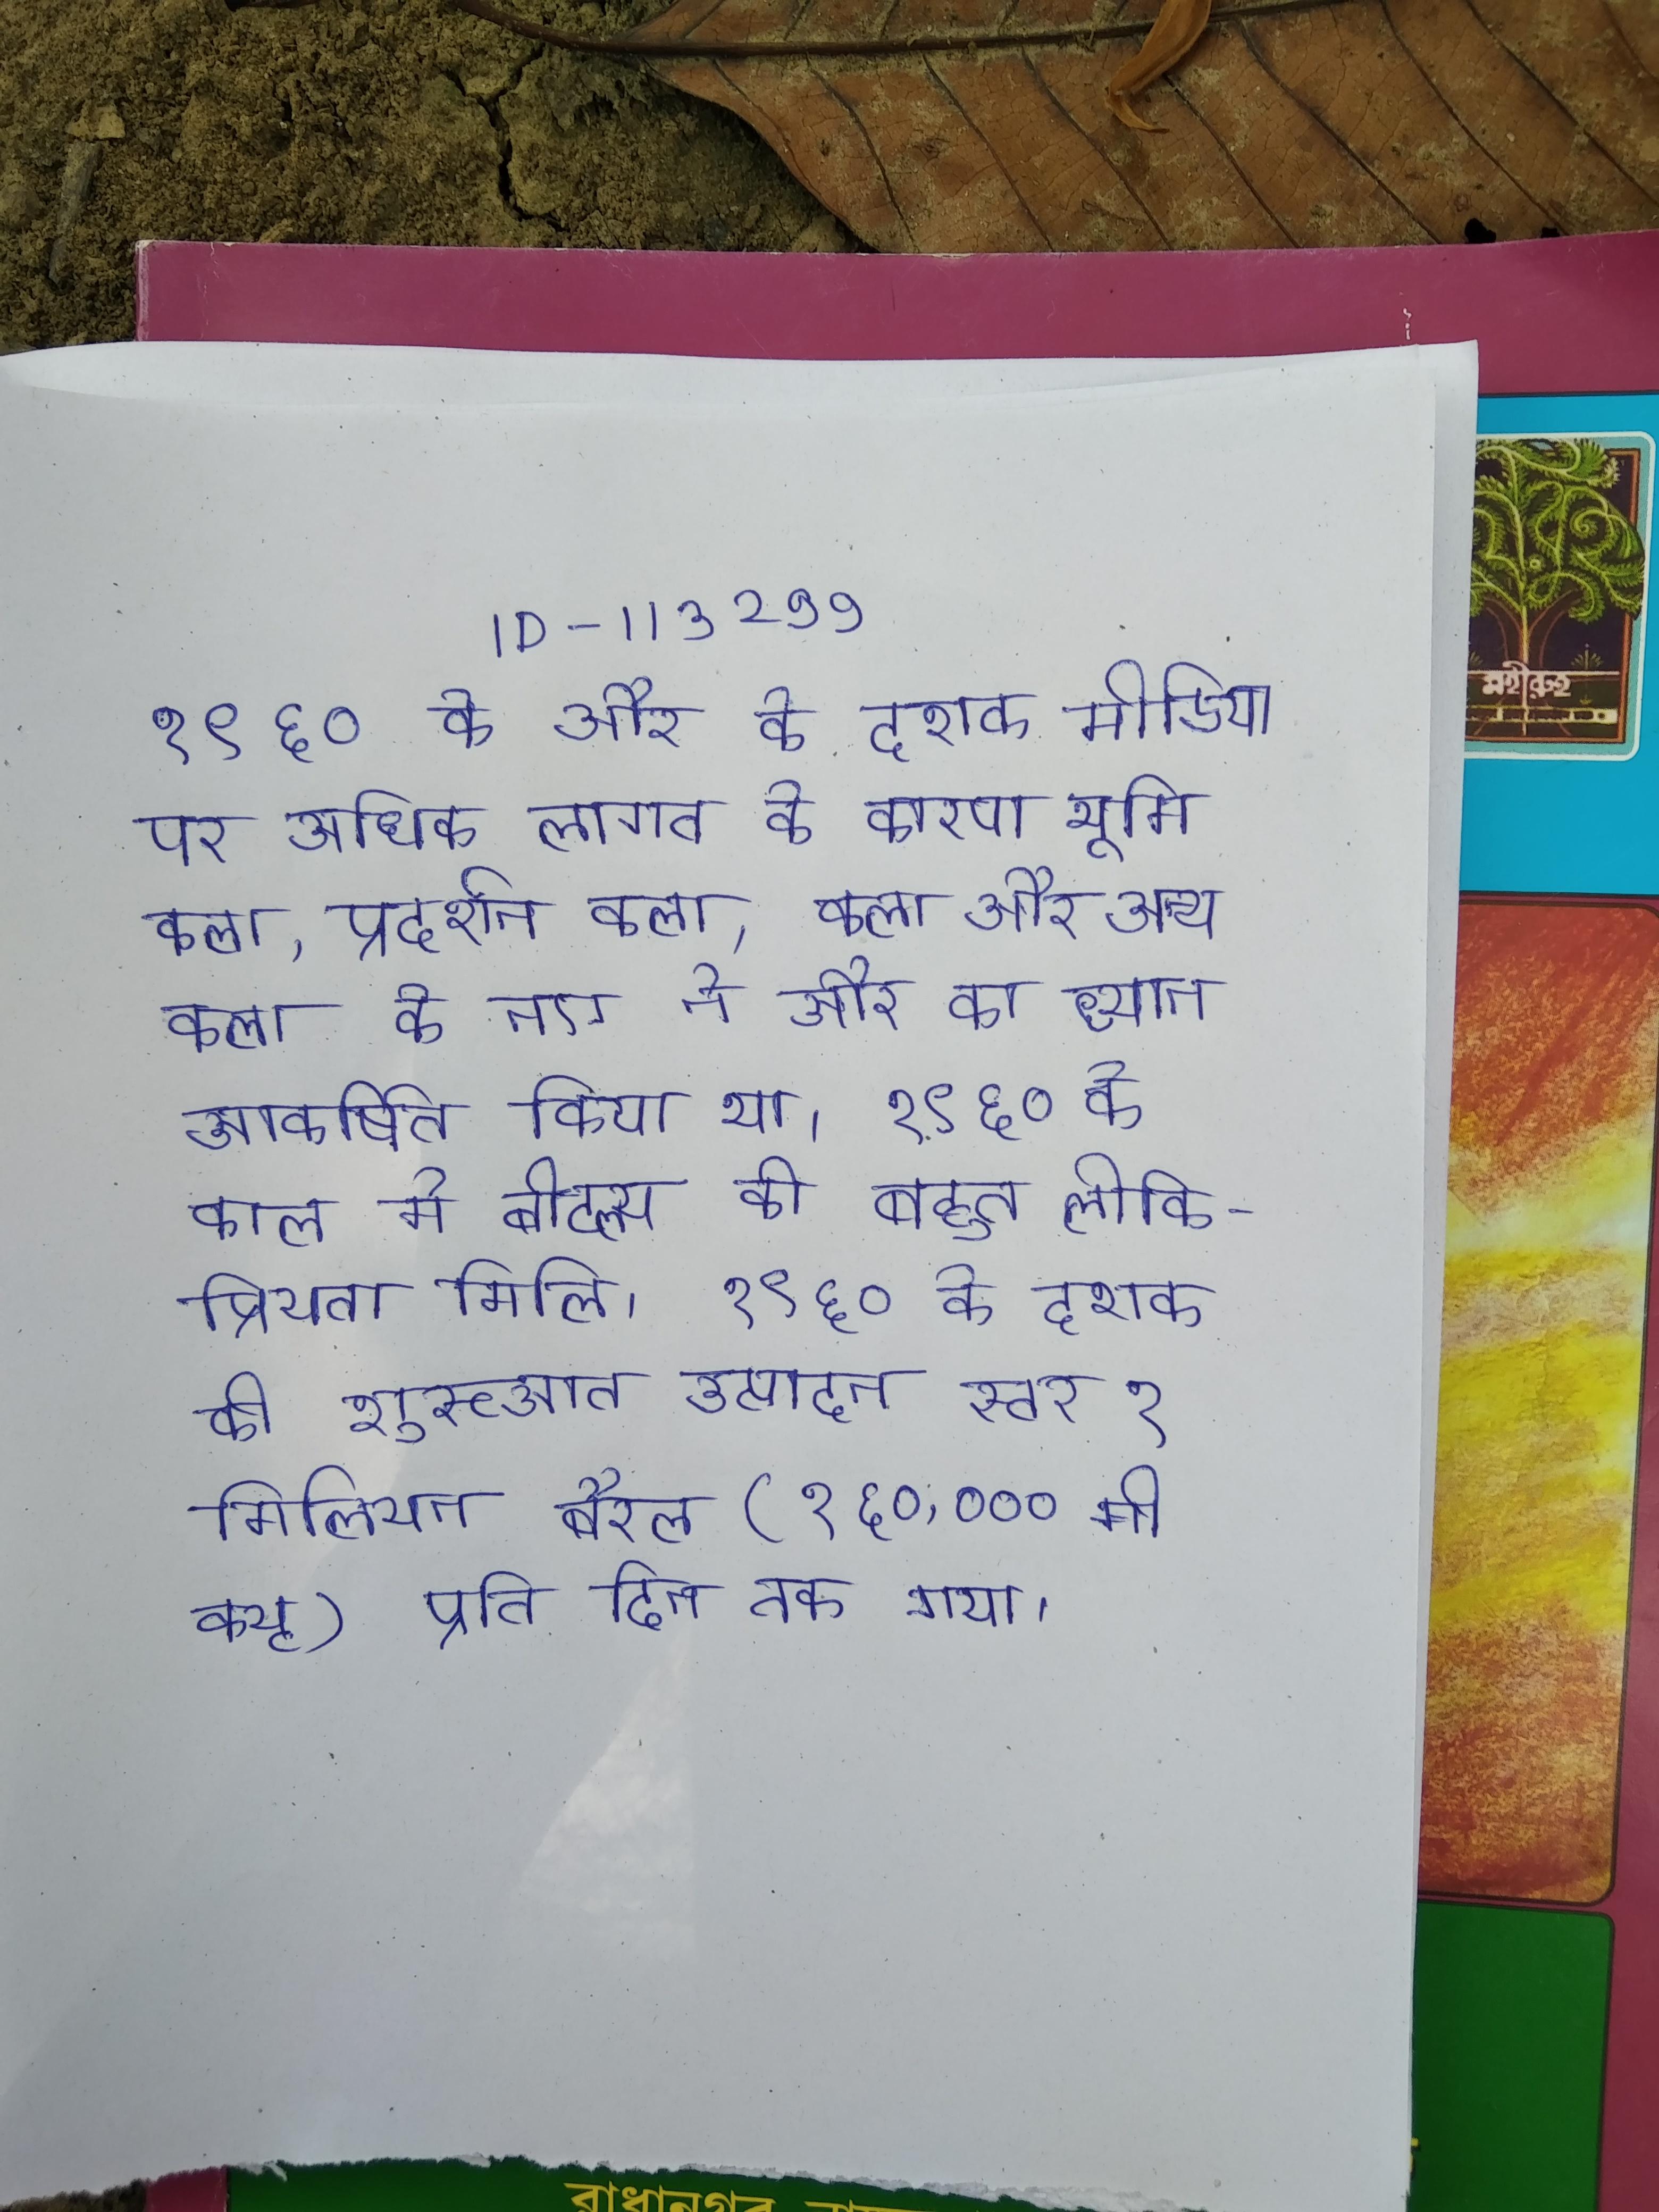
१९६० के और के दशक मीडिया पर अधिक लागत के कारण भूमि कला, प्रदर्शन कला, कला और अन्य कला के नए ने और का ध्यान आकर्षित किया था । १९६० के काल मे बीटल्स को बहुत लोकप्रियता मिलि । १९६० के दशक की शुरुआत उत्पादन स्तर १ मिलियन बैरल (१६०,००० मी क्यू) प्रति दिन तक गया ।